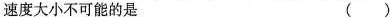
速度大小不可能的是 ()